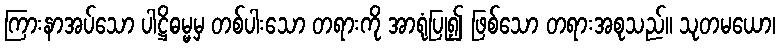
ကြားနာအပ်သော ပါဋ္ဌိဓမ္မမှ တစ်ပါးသော တရားကို အာရုံပြု၍ ဖြစ်သော တရားအစုသည်။ သုတမယော၊